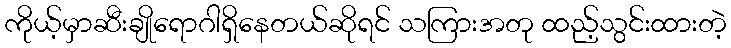
ကိုယ့်မှာဆီးချိုရောဂါရှိနေတယ်ဆိုရင် သကြားအတု ထည့်သွင်းထားတဲ့